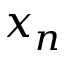
x _ { n }